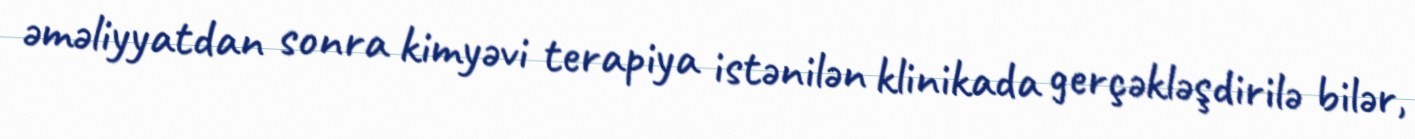
əməliyyatdan sonra kimyəvi terapiya istənilən klinikada gerçəkləşdirilə bilər,